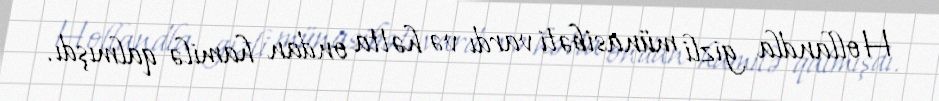
Hollandla gizli münasibəti vardı və hətta ondan hamilə qalmışdı.